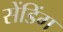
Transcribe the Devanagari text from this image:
सेंडिंग